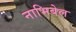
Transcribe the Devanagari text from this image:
नाभिबेल